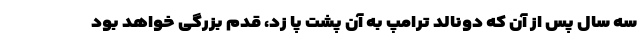
سه سال پس از آن که دونالد ترامپ به آن پشت پا زد، قدم بزرگی خواهد بود